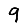
Digit: 9